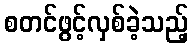
စတင်ဖွင့်လှစ်ခဲ့သည့်